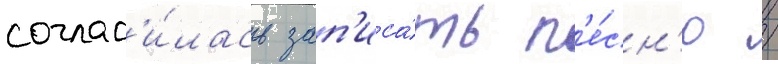
соглас'и́лась зап'иса́ть п'е́сн'ю /